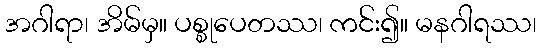
အဂါရာ၊ အိမ်မှ။ ပစ္စုပေတဿ၊ ကင်း၍။ မနဂါရဿ၊